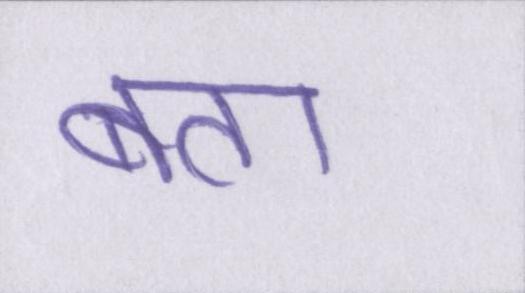
बता